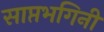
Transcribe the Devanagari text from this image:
साप्तभगिनी